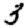
Digit: 3